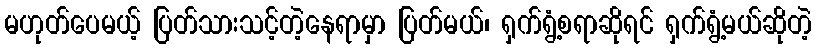
မဟုတ်ပေမယ့် ပြတ်သားသင့်တဲ့နေရာမှာ ပြတ်မယ်၊ ရှက်ရွံ့စရာဆိုရင် ရှက်ရွံ့မယ်ဆိုတဲ့